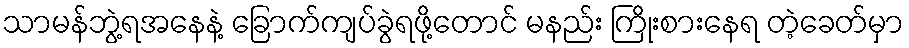
သာမန်ဘွဲ့ရအနေနဲ့ ခြောက်ကျပ်ခွဲရဖို့တောင် မနည်း ကြိုးစားနေရ တဲ့ခေတ်မှာ